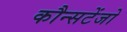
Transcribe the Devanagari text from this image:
कौन्सटेंजो